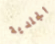
الجلدية